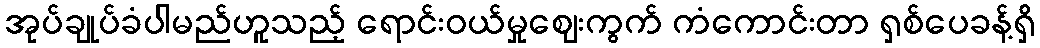
အုပ်ချုပ်ခံပါမည်ဟူသည့် ရောင်းဝယ်မှုဈေးကွက် ကံကောင်းတာ ရှစ်ပေခန့်ရှိ